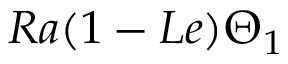
R a ( 1 - L e ) \Theta _ { 1 }